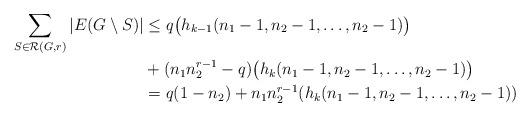
LaTeX: \begin{align*}\sum_{S\in \mathcal{R}(G,r)} |E(G \setminus S)| &\leq q \big( h_{k-1}(n_1-1, n_2-1,\ldots, n_2 - 1) \big) \\ &+ (n_1n_2^{r-1} - q) \big( h_k(n_1-1,n_2-1,\ldots,n_2 - 1) \big) \\&= q(1-n_2) + n_1n_2^{r-1}(h_k(n_1-1,n_2-1,\ldots,n_2-1))\end{align*}